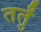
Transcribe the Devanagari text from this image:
तर्तुं